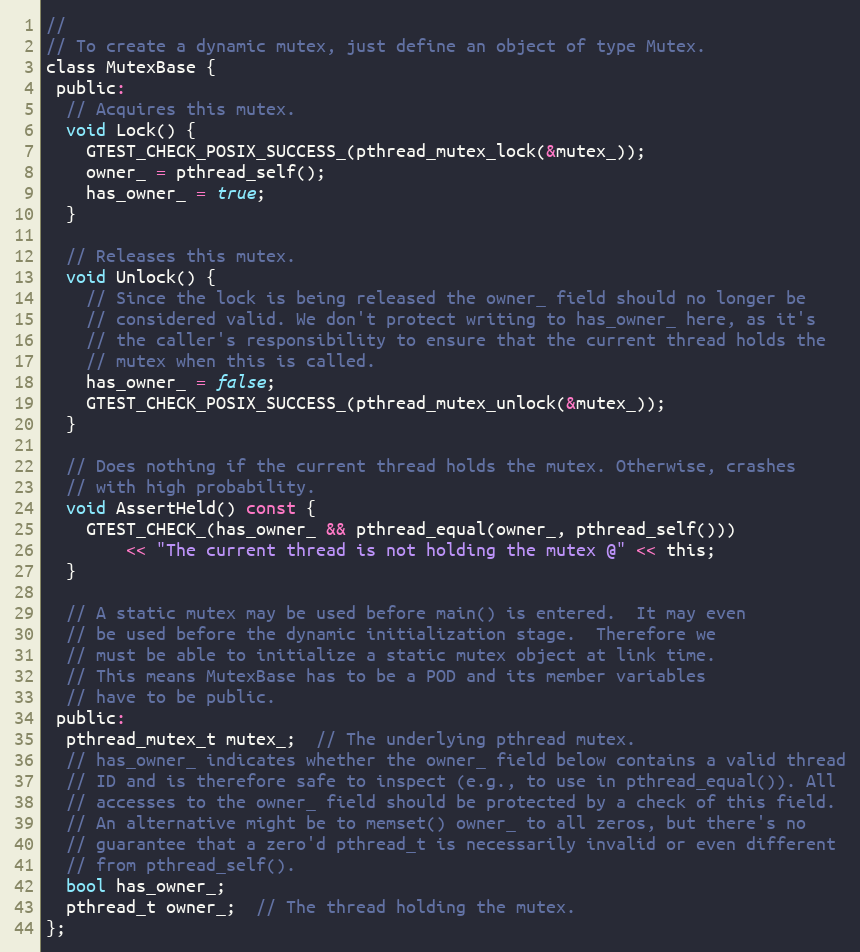
Language: C
//
// To create a dynamic mutex, just define an object of type Mutex.
class MutexBase {
 public:
  // Acquires this mutex.
  void Lock() {
    GTEST_CHECK_POSIX_SUCCESS_(pthread_mutex_lock(&mutex_));
    owner_ = pthread_self();
    has_owner_ = true;
  }

  // Releases this mutex.
  void Unlock() {
    // Since the lock is being released the owner_ field should no longer be
    // considered valid. We don't protect writing to has_owner_ here, as it's
    // the caller's responsibility to ensure that the current thread holds the
    // mutex when this is called.
    has_owner_ = false;
    GTEST_CHECK_POSIX_SUCCESS_(pthread_mutex_unlock(&mutex_));
  }

  // Does nothing if the current thread holds the mutex. Otherwise, crashes
  // with high probability.
  void AssertHeld() const {
    GTEST_CHECK_(has_owner_ && pthread_equal(owner_, pthread_self()))
        << "The current thread is not holding the mutex @" << this;
  }

  // A static mutex may be used before main() is entered.  It may even
  // be used before the dynamic initialization stage.  Therefore we
  // must be able to initialize a static mutex object at link time.
  // This means MutexBase has to be a POD and its member variables
  // have to be public.
 public:
  pthread_mutex_t mutex_;  // The underlying pthread mutex.
  // has_owner_ indicates whether the owner_ field below contains a valid thread
  // ID and is therefore safe to inspect (e.g., to use in pthread_equal()). All
  // accesses to the owner_ field should be protected by a check of this field.
  // An alternative might be to memset() owner_ to all zeros, but there's no
  // guarantee that a zero'd pthread_t is necessarily invalid or even different
  // from pthread_self().
  bool has_owner_;
  pthread_t owner_;  // The thread holding the mutex.
};